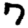
Digit: 7